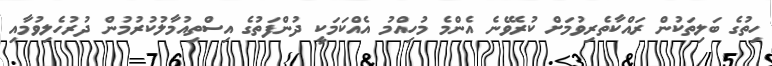
ހިތުގެ ބަލިތަކުން ރައްކާތެރިވުމަށް ކުރެވޭނެ އެންމެ މުހިއްމު އެއްކަމަކީ ދުންފަތުގެ އިސްތިއުމާލުކުރުމުން ދުރުހެލިވުމާއި